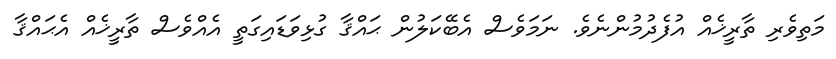
މަތިވެރި ތާރީޚެއް އުފެދުމުންނެވެ. ނަމަވެސް އެބޭކަލުން ޙައްޤާ ގުޅިވަޑައިގަތީ އެއްވެސް ތާރީޚެއް އެޙައްޤާ